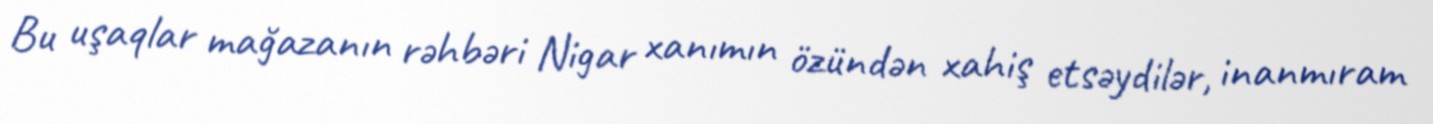
Bu uşaqlar mağazanın rəhbəri Nigar xanımın özündən xahiş etsəydilər, inanmıram